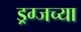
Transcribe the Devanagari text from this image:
ड्रग्जच्या